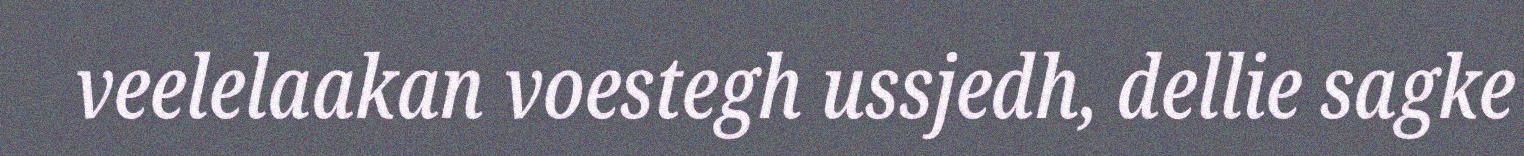
veelelaakan voestegh ussjedh, dellie sagke